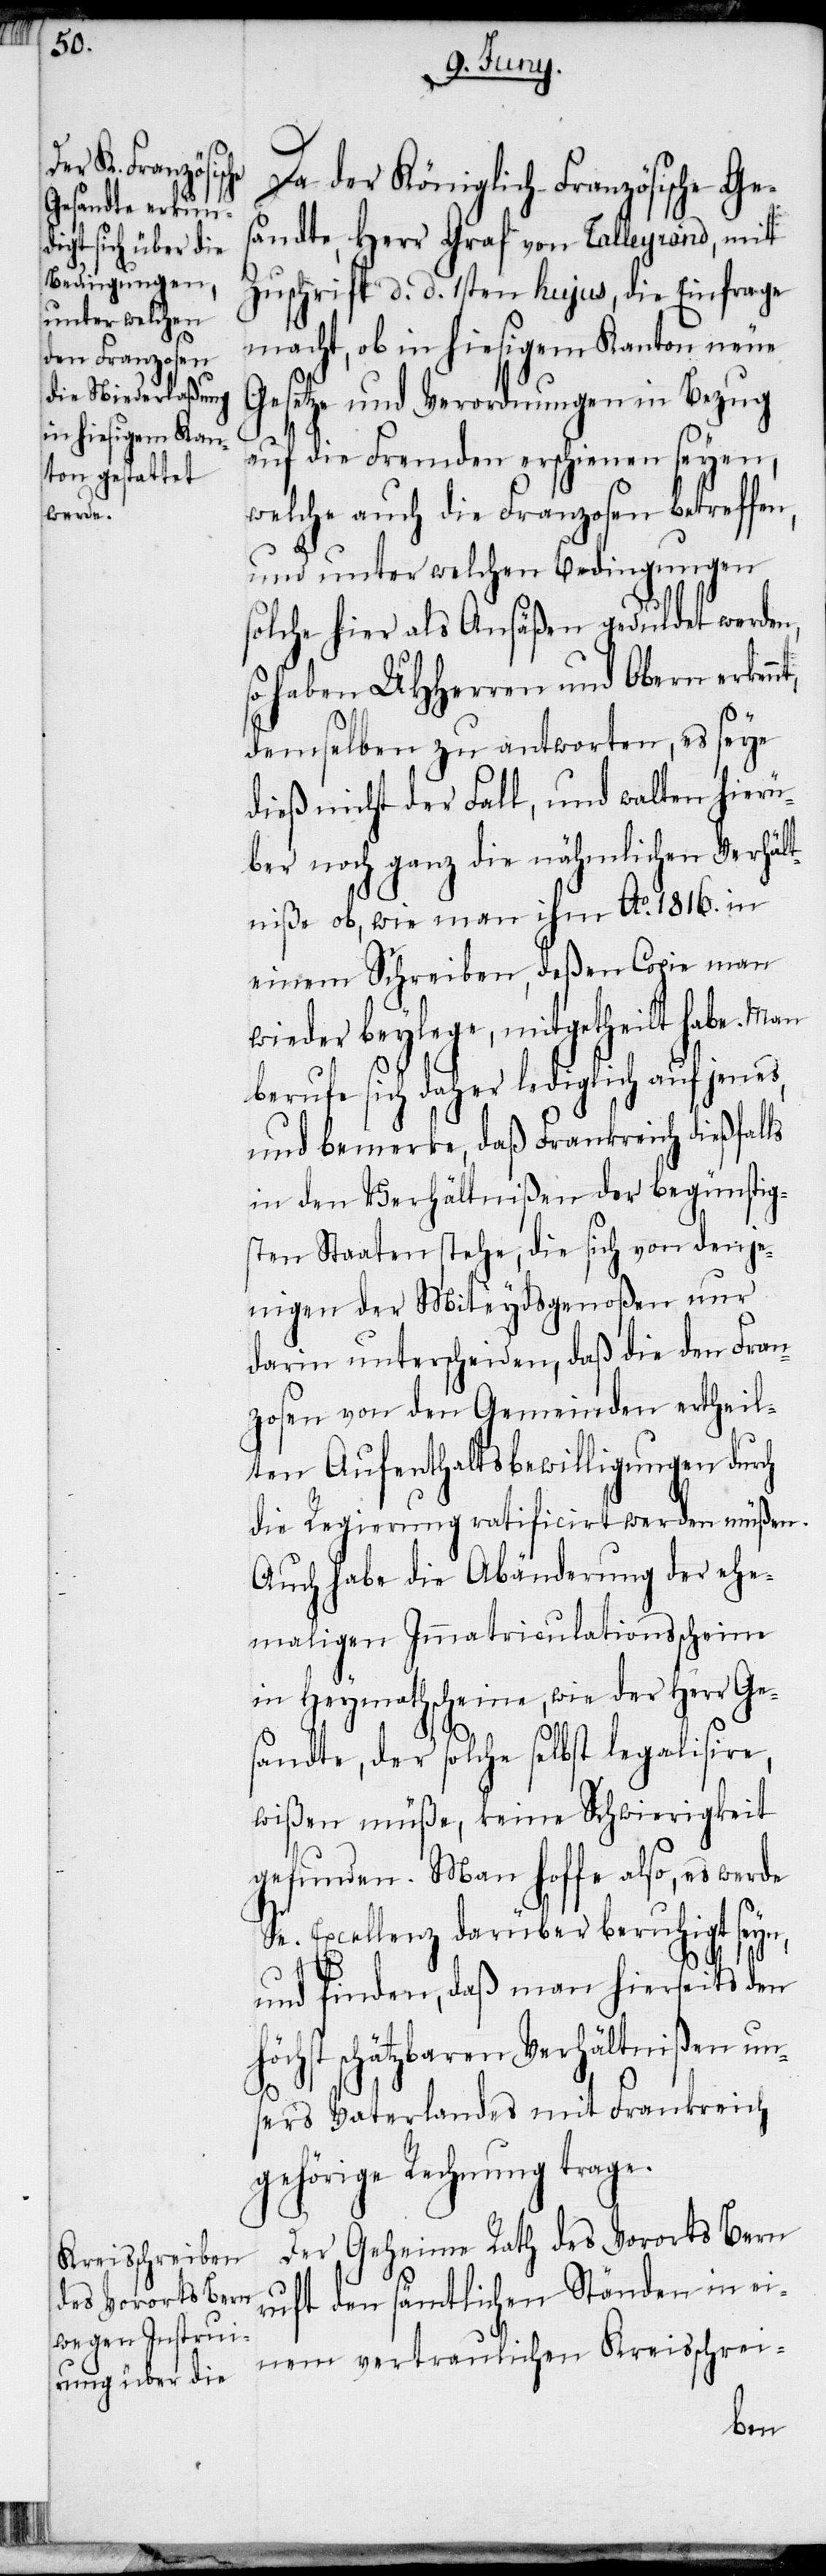
nt,

Da der Königlich-Französische Ge¬
sandte, Herr Graf von Talleyrand, mit
Zuschrift d. d. 1sten hujus, die Einfrage
macht, ob in hiesigem Kanton neue
Gesetze und Verordnungen in Bezug
auf die Fremden erschienen seyen,
welche auch die Franzosen betreffen,
und unter welchen Bedingungen
solche hier als Ansäßen geduldet werden,
haben UHHerren und Obern erken¬
demselben zu antworten, es seye
dieß nicht der Fall, und walten hierü¬
ber noch ganz die nähmlichen Verhält¬
niße ob, wie man ihm Ao. 1816. in
einem Schreiben, deßen Copie man
wieder beylege, mitgetheilt habe. Man
berufe sich daher lediglich auf jenes,
und bemerke, daß Frankreich dießfalls
in den Verhältnißen der begünstig¬
ten Staaten stehe, die sich von denje¬
nigen der Miteydsgenoßen nur
darin unterscheiden, daß die den Fran¬
zosen von den Gemeinden ertheil¬
ten Aufenthaltsbewilligungen durch
die Regierung ratificirt werden müßen.
Auch habe die Abänderung der ehe¬
maligen Immatriculationsscheine
in Heymathscheine, wie der Herr Ge¬
sandte, der solche selbst legalisire,
wißen müße, keine Schwierigkeit
gefunden. Man hoffe also, es werde
Se. Excellenz darüber beruhigt seyn,
und finden, daß man hierseits den
schätzbaren Verhältnißen un¬
sers Vaterlandes mit Frankreich
gehörige Rechnung trage.
Der Geheime Rath des Vororts Bern
ruft den sämtlichen Ständen in ei¬
nem vertraulichen Kreisschrei-